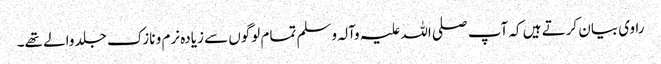
راوی بیان کرتے ہیں کہ آپ صلی اللہ علیہ وآلہ وسلم تمام لوگوں سے زیادہ نرم و نازک جلد والے تھے۔